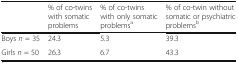
<table><thead><tr><td></td><td><b>% of co-twins with somatic problems</b></td><td><b>% of co-twins with only somatic problems<sup>a</sup></b></td><td><b>% of co-twin without somatic or psychiatric problems<sup>b</sup></b></td></tr></thead><tbody><tr><td>Boys <i>n</i> = 35</td><td>24.3</td><td>5.3</td><td>39.3</td></tr><tr><td>Girls <i>n</i> = 50</td><td>26.3</td><td>6.7</td><td>43.3</td></tr></tbody></table>